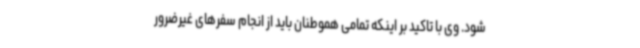
شود. وی با تاکید بر اینکه تمامی هموطنان باید از انجام سفرهای غیرضرور